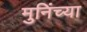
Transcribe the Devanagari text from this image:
मुनिंच्या